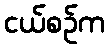
ငယ်စဉ်က